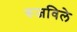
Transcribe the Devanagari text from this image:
रुजविले